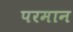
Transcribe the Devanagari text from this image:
परमान